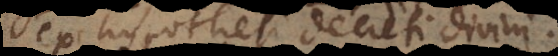
ex hypothesi decreti divi